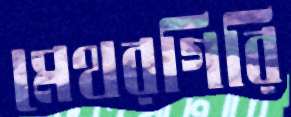
মেথরগিরি